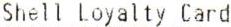
SHELL LOYALTY CARD